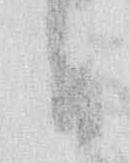
日